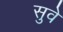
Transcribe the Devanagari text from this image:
सुवे